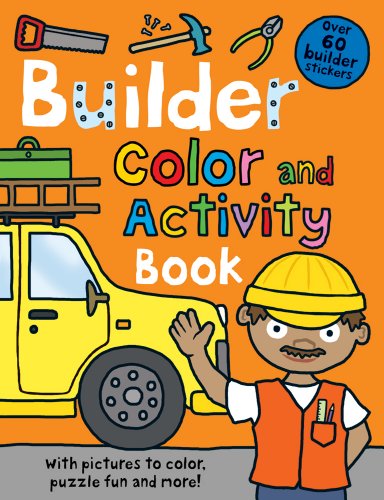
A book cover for Color and Activity Books Builder; Roger Priddy; Children's Books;